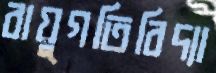
বায়ুগতিবিদ্যা